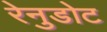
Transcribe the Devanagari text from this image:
रेनुडोट